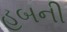
હબની